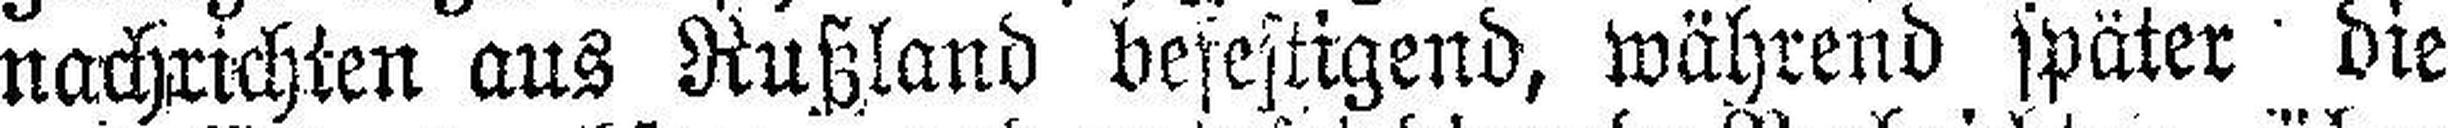
nachrichten aus Rußland befestigend, während später die